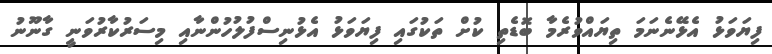
ފިޔަވަޅު އެޅޭނެނަމަ ތިޔައްވުރެމާ ބޮޑެތި ކުށް ތަކުގައި ފިޔަވަޅު އެޅުނިސްފުލުހުންނާއި މިސަރުކާރުވަނީ ގާނޫނު